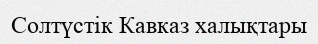
Солтүстік Кавказ халықтары